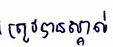
ត្រូវបានស្គាល់